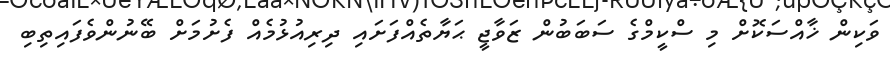
ވަކިން ޚާއްސަކޮށް މި ސްކީމްގެ ސަބަބުން ޒަވާޖީ ޙަޔާތެއްފަށައި ދިރިއުޅުމެއް ފެށުމަށް ބޭނުންވެފައިތިބި